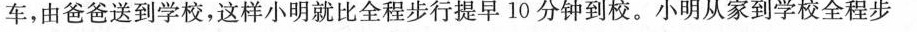
车，由爸爸送到学校，这样小明就比全程步行提早10分钟到校。小明从家到学校全程步